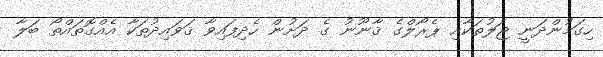
ހިގަމުންދަނީ ޖަލުތަކާއި ޕެރޯލްގެ ޤާނޫނު ގެ ދަށުން ހެދިފައިވާ ޤަވައިދުތަކާ އެއްގޮތައްތޯ ބަލާ